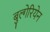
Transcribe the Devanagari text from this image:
बुल्गेरियेन